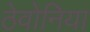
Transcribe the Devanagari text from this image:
ठेवोनिया